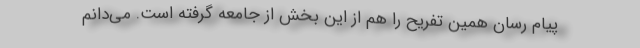
پیام رسان همین تفریح را هم از این بخش از جامعه گرفته است. می‌دانم